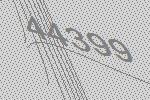
44399